Assam Mental Hospital (Tezpur, India) - 1933-1948
Year: 1933
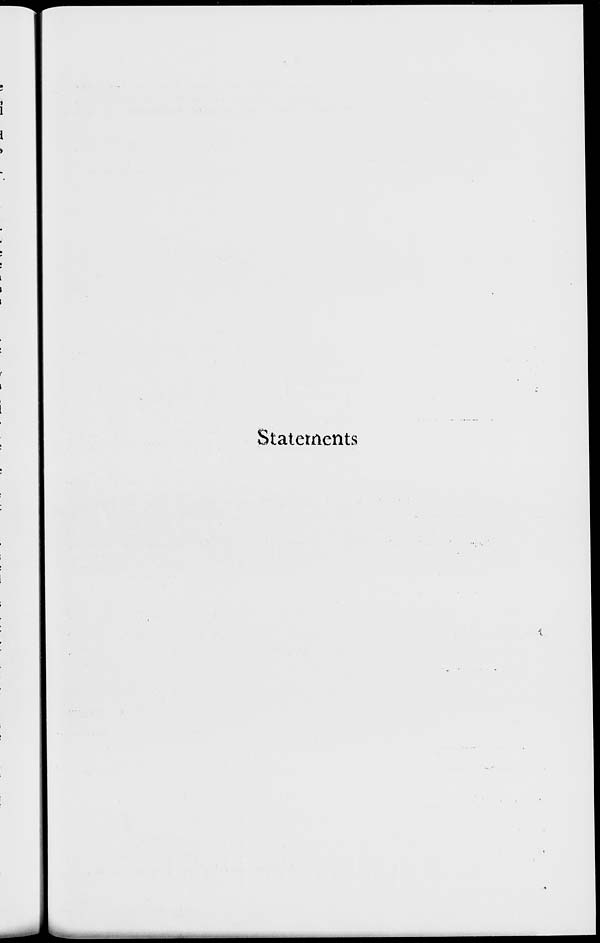
Statements